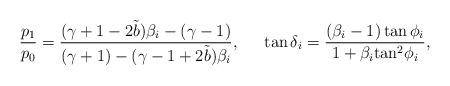
LaTeX: \begin{align*}\dfrac{p_{1}}{p_0}=\dfrac{(\gamma+1-2\tilde{b})\beta_{i}-(\gamma-1)}{(\gamma+1)-(\gamma-1+2\tilde{b})\beta_{i}},~~~~\tan{\delta_i}=\dfrac{({\beta_i}-1)\tan{\phi_i}}{1+{\beta_i}{\tan}^2{\phi_i}},\end{align*}